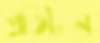
প্রতিটন